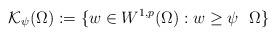
LaTeX: \begin{align*}\mathcal{K}_{\psi}(\Omega) := \{ w \in W^{1,p}(\Omega) : w \geq \psi \ \ \Omega \}\end{align*}